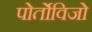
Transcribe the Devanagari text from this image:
पोर्तोविजो